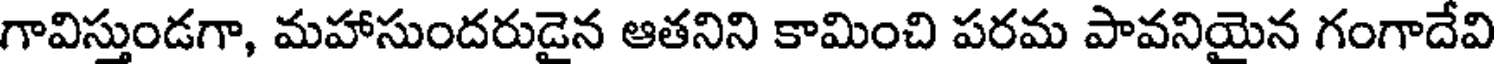
గావిస్తుండగా, మహాసుందరుడైన ఆతనిని కామించి పరమ పావనియైన గంగాదేవి